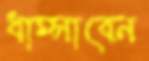
ধাম্‌সাবেন